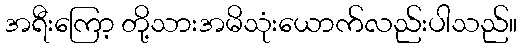
အရီးကြော့ တို့သားအမိသုံးယောက်လည်းပါသည်။